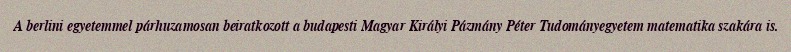
A berlini egyetemmel párhuzamosan beiratkozott a budapesti Magyar Királyi Pázmány Péter Tudományegyetem matematika szakára is.